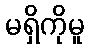
မရှိကိုမူ